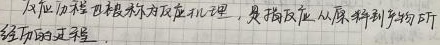
反应历程也被称为反应机理，是指反应从原料到产物所经历的过程.